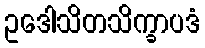
ဥဒေါသိတသိက္ခာပဒံ